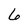
Character: 6